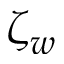
\zeta _ { w }